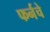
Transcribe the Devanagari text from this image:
फर्नचे